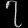
Digit: ၇